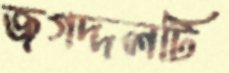
জগদ্দলটি